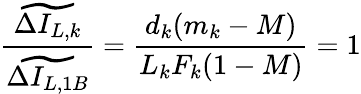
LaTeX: \frac{\widetilde{\Delta I_{L,k}}}{\widetilde{\Delta I_{L,1B}}}=\frac{d_{k}(m_{k}-M)}{L_{k}F_{k}(1-M)}=1